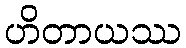
ဟိတာယဿ